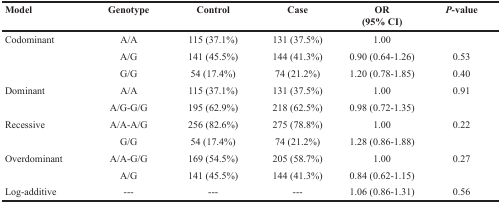
<table><thead><tr><td><b>Model</b></td><td><b>Genotype</b></td><td><b>Control</b></td><td><b>Case</b></td><td><b>OR (95% CI)</b></td><td><b><i>P</i>-value</b></td></tr></thead><tbody><tr><td>Codominant</td><td>A/A</td><td>115 (37.1%)</td><td>131 (37.5%)</td><td>1.00</td><td></td></tr><tr><td></td><td>A/G</td><td>141 (45.5%)</td><td>144 (41.3%)</td><td>0.90 (0.64-1.26)</td><td>0.53</td></tr><tr><td></td><td>G/G</td><td>54 (17.4%)</td><td>74 (21.2%)</td><td>1.20 (0.78-1.85)</td><td>0.40</td></tr><tr><td>Dominant</td><td>A/A</td><td>115 (37.1%)</td><td>131 (37.5%)</td><td>1.00</td><td>0.91</td></tr><tr><td></td><td>A/G-G/G</td><td>195 (62.9%)</td><td>218 (62.5%)</td><td>0.98 (0.72-1.35)</td><td></td></tr><tr><td>Recessive</td><td>A/A-A/G</td><td>256 (82.6%)</td><td>275 (78.8%)</td><td>1.00</td><td>0.22</td></tr><tr><td></td><td>G/G</td><td>54 (17.4%)</td><td>74 (21.2%)</td><td>1.28 (0.86-1.88)</td><td></td></tr><tr><td>Overdominant</td><td>A/A-G/G</td><td>169 (54.5%)</td><td>205 (58.7%)</td><td>1.00</td><td>0.27</td></tr><tr><td></td><td>A/G</td><td>141 (45.5%)</td><td>144 (41.3%)</td><td>0.84 (0.62-1.15)</td><td></td></tr><tr><td>Log-additive</td><td>---</td><td>---</td><td>---</td><td>1.06 (0.86-1.31)</td><td>0.56</td></tr></tbody></table>